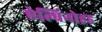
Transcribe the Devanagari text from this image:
ऐल्बिनोइड